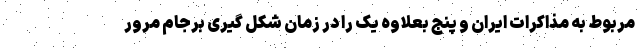
مربوط به مذاکرات ایران و پنج بعلاوه یک را در زمان شکل گیری برجام مرور